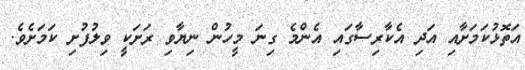
އަތޮޅުކަމަށާއި އަދި އެކާރިސާގައި އެންމެ ގިނަ މީހުން ނިޔާވި ރަށަކީ ވިލުފުށި ކަމަށެވެ.